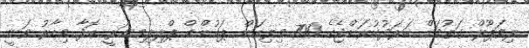
ލިވަޕޫލް ގަތުމަށް ހަރަދުކުރަންޖެހެ 700 މިލިއަން ޕައުންޑް ޕްލިލިމިނަރީ އޮފާ މިހާރު ވަނީ